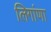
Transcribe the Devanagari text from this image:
लिगांणा